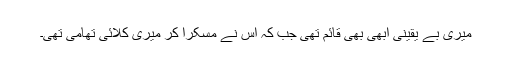
میری بے یقینی ابھی بھی قائم تھی جب کہ اس نے مسکرا کر میری کلائی تھامی تھی۔